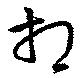
相